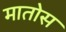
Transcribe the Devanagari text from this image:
मातोस